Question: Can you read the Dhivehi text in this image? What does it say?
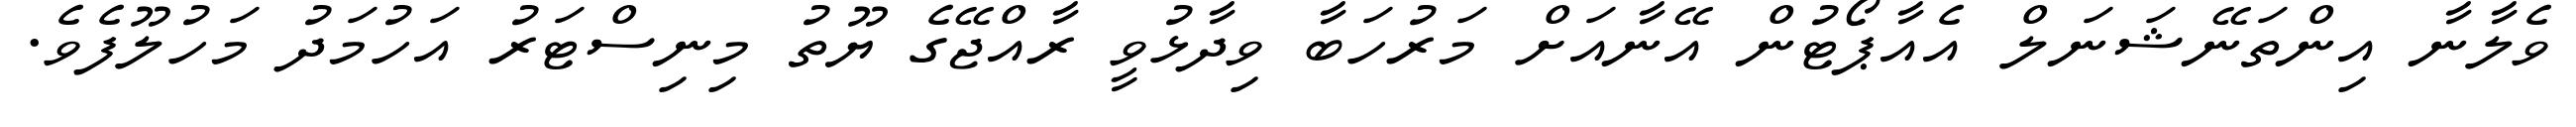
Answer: ވެލާނާ އިންތަނޭޝަނަލް އެއާޕޯޓުން އޭނާއަށް މަރުހަބާ ވިދާޅުވީ ރާއްޖޭގެ ޔޫތު މިނިސްޓަރު އަހުމަދު މަހުލޫފެވެ.